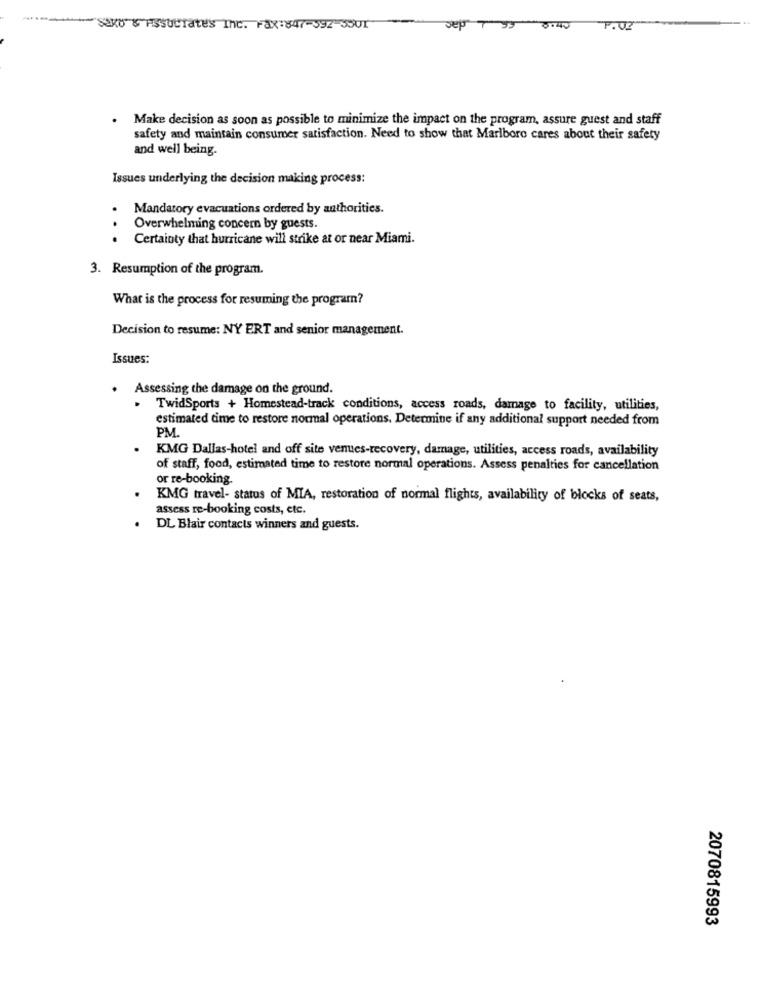
Saxo" & Associates Inc. Fax:847-592-3501
Jep
140
F. UZ
Make decision as soon as possible to minimize the impact on the program, assure guest and staff
safety and maintain consumer satisfaction. Need to show that Marlboro cares about their safety
and well being.
Issues underlying the decision making process:
Mandatory evacuations ordered by authorities.
Overwhelming concern by guests.
...
Certainty that hurricane will strike at or near Miami.
3. Resumption of the program.
What is the process for resuming the program?
Decision to resume: NY ERT and senior management.
Issues:
Assessing the damage on the ground.
TwidSports + Homestead-track conditions, access roads, damage to facility, utilities,
estimated time to restore normal operations. Determine if any additional support needed from
PM.
KMG Dallas-hotel and off site venues-recovery, damage, utilities, access roads, availability
of staff, food, estimated time to restore normal operations. Assess penalties for cancellation
or re-booking.
KMG travel- status of MIA, restoration of normal flights, availability of blocks of seats,
assess re-booking costs, etc.
DL Blair contacts winners and guests.
2070815993